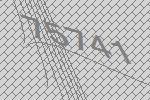
75741